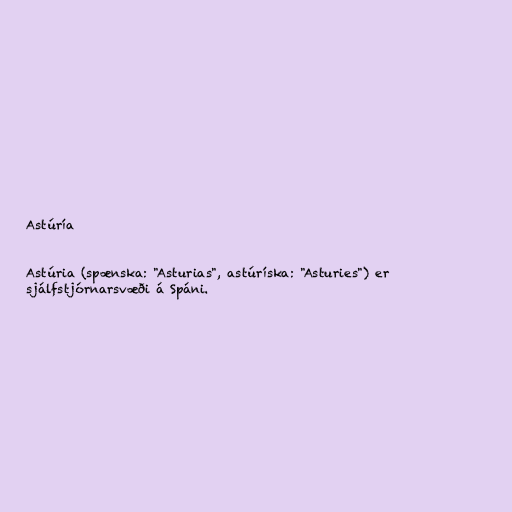
Astúría

Astúria (spænska: "Asturias", astúríska: "Asturies") er
sjálfstjórnarsvæði á Spáni.